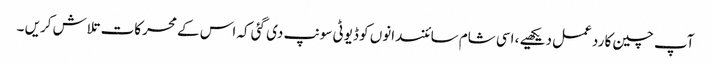
آپ چین کا رد عمل دیکھیے ، اسی شام سائنسدانوں کو ڈیوٹی سونپ دی گئی کہ اس کے محرکات تلاش کریں ۔